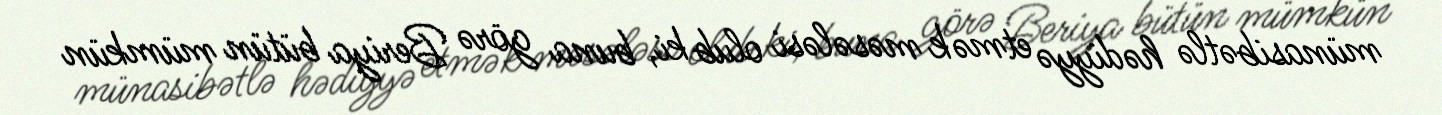
münasibətlə hədiyyə etmək məsələsi olub ki, buna görə Beriya bütün mümkün